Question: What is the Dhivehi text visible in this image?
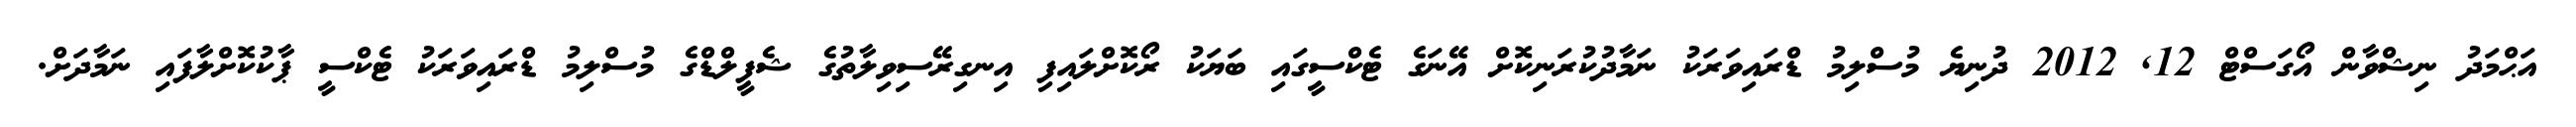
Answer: އަޙްމަދު ނިޝްވާން އޯގަސްޓް 12, 2012 ދުނިޔެ މުސްލިމު ޑްރައިވަރަކު ނަމާދުކުރަނިކޮށް އޭނަގެ ޓެކްސީގައި ބަޔަކު ރޯކޮށްލައިފި އިނގިރޭސިވިލާތުގެ ޝެފީލްޑްގެ މުސްލިމު ޑްރައިވަރަކު ޓެކްސީ ޕާކުކޮށްލާފައި ނަމާދަށް.